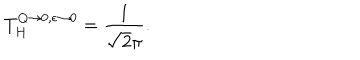
T _ { H } ^ { Q \to 0 , \epsilon \to 0 } = { \frac { 1 } { \sqrt 2 \pi } } .